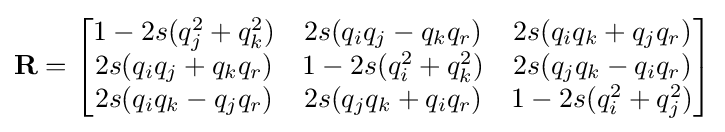
\mathbf {R} ={\begin{bmatrix}1-2s(q_{j}^{2}+q_{k}^{2})&2s(q_{i}q_{j}-q_{k}q_{r})&2s(q_{i}q_{k}+q_{j}q_{r})\\2s(q_{i}q_{j}+q_{k}q_{r})&1-2s(q_{i}^{2}+q_{k}^{2})&2s(q_{j}q_{k}-q_{i}q_{r})\\2s(q_{i}q_{k}-q_{j}q_{r})&2s(q_{j}q_{k}+q_{i}q_{r})&1-2s(q_{i}^{2}+q_{j}^{2})\end{bmatrix}}